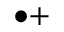
^ { \bullet + }